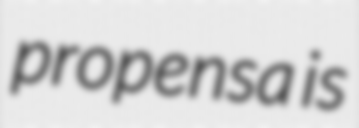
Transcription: propensa is